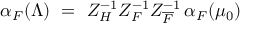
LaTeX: \alpha _ { F } ( \Lambda ) ~ = ~ Z _ { H } ^ { - 1 } Z _ { F } ^ { - 1 } Z _ { \overline { { F } } } ^ { - 1 } \, \alpha _ { F } ( \mu _ { 0 } )